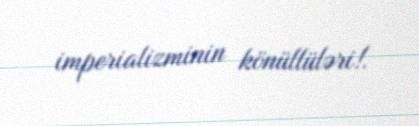
imperializminin könüllüləri!.